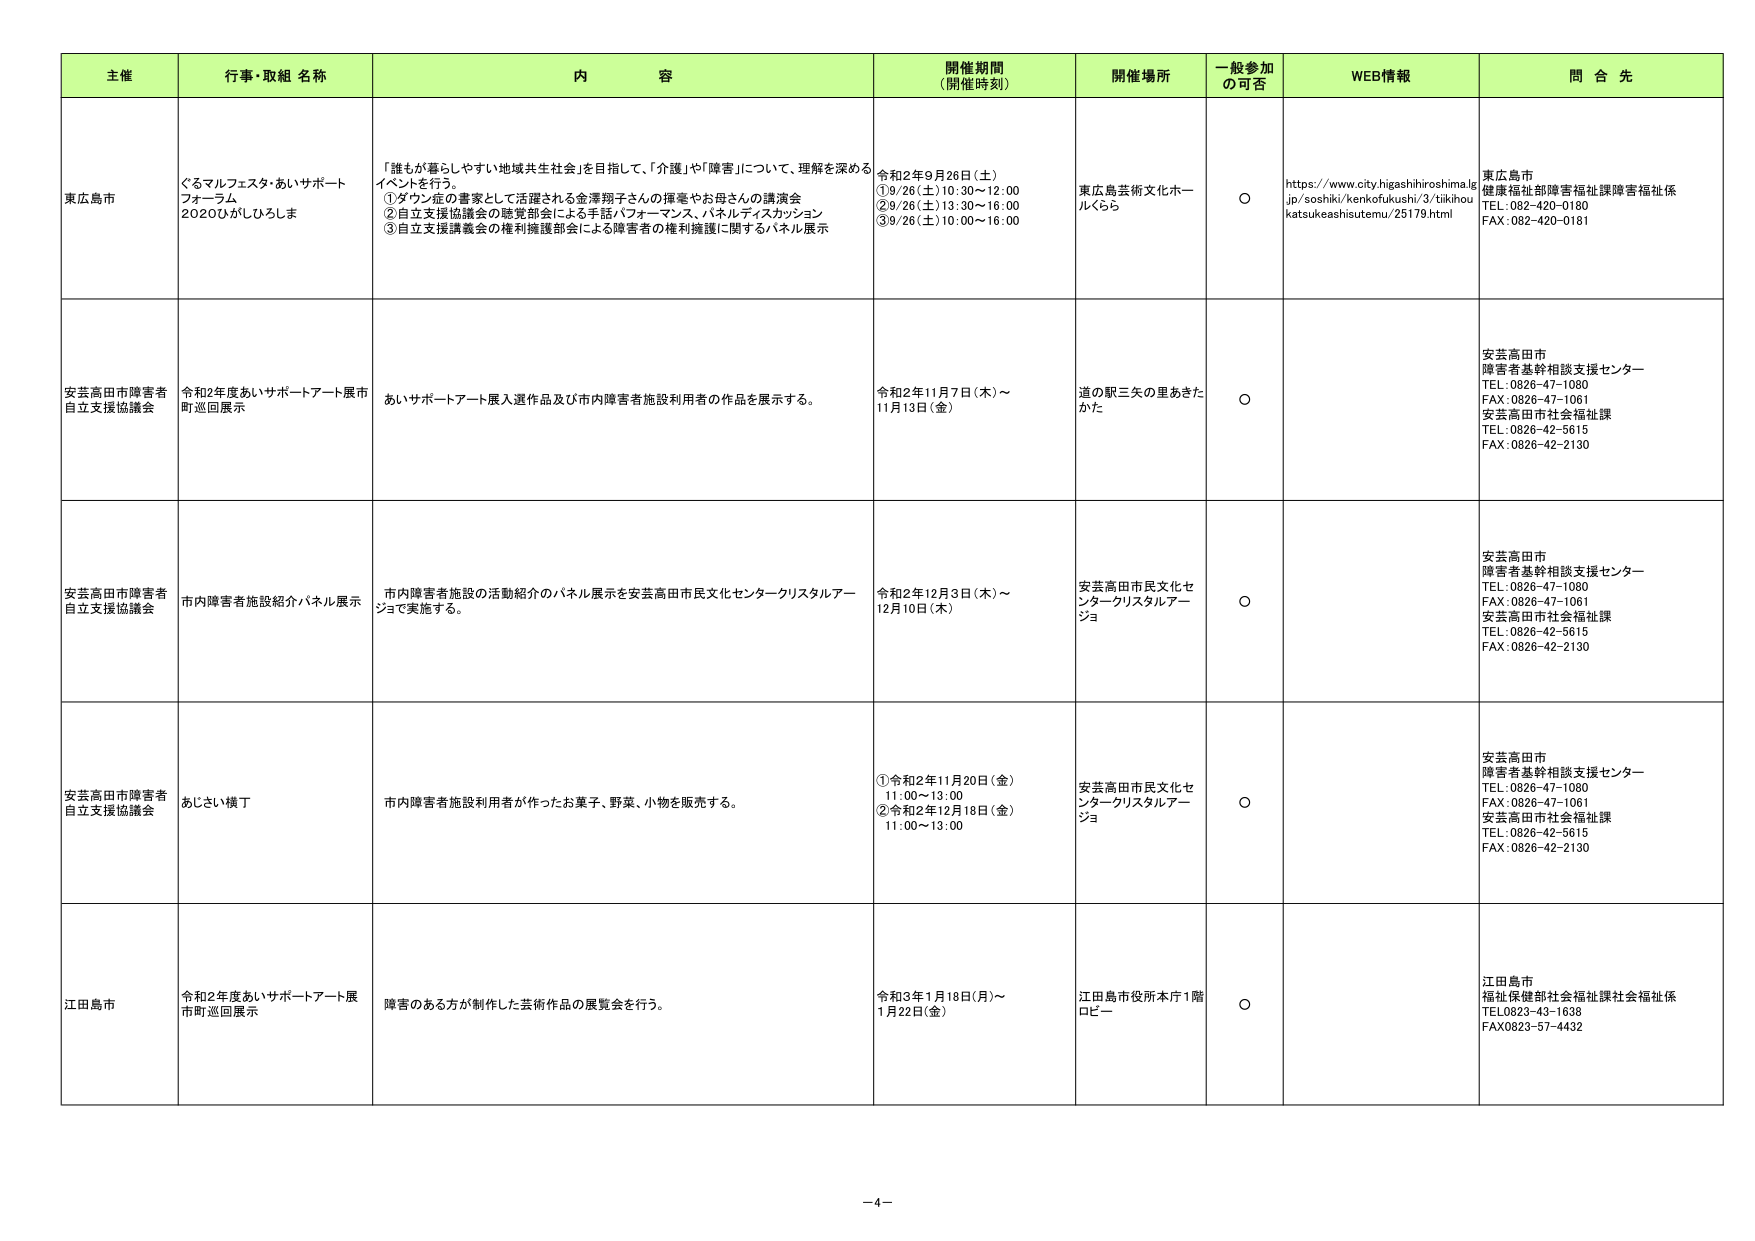
主催 行事・取組 名称 内 容 開催期間 (開催時刻) 開催場所 一般参加 の可否 WEB情報 問 合 先
東広島市 ぐるマルフェスタ・あいサポート フォーラム 2020ひがしひろしま 「誰もが暮らしやすい地域共生社会」を目指して、「介護」や「障害」について、理解を深める イベントを行う。 ①ダウン症の書家として活躍される金澤翔子さんの揮毫やお母さんの講演会 ②自立支援協議会の聴覚障害による手話パフォーマンス、パネルディスカッション ③自立支援講義会の権利擁護部会による障害者の権利擁護に関するパネル展示 令和2年9月26日（土） ①9/26（土）10:30～12:00 ②9/26（土）13:30～16:00 ③9/26（土）10:00～16:00 東広島芸術文化ホー ルくらら ○ https://www.city.higashihiroshima.lg jp/soshiki/kenkofukushi/3/tiikihou katsukeahisutemu/25179.html 東広島市 健康福祉部障害福祉課障害福祉係 TEL:082-420-0180 FAX:082-420-0181
安芸高田市障害者 自立支援協議会 令和2年度あいサポートアート展市 町巡回展示 あいサポートアート展入選作品及び市内障害者施設利用者の作品を展示する。 令和2年11月7日（木）～ 11月13日（金） 道の駅三矢の里あきた かた ○ 安芸高田市 障害者基幹相談支援センター TEL:0826-47-1080 FAX:0826-47-1061 安芸高田市社会福祉課 TEL:0826-42-5615 FAX:0826-42-2130
安芸高田市障害者 自立支援協議会 市内障害者施設紹介パネル展示 市内障害者施設の活動紹介のパネル展示を安芸高田市民文化センタークリスタルアー ジョで実施する。 令和2年12月3日（木）～ 12月10日（木） 安芸高田市民文化セ ンタークリスタルアー ジョ ○ 安芸高田市 障害者基幹相談支援センター TEL:0826-47-1080 FAX:0826-47-1061 安芸高田市社会福祉課 TEL:0826-42-5615 FAX:0826-42-2130
安芸高田市障害者 自立支援協議会 あじさい横丁 市内障害者施設利用者が作ったお菓子、野菜、小物を販売する。 ①令和2年11月20日（金） 11:00～13:00 ②令和2年12月18日（金） 11:00～13:00 安芸高田市民文化セ ンタークリスタルアー ジョ ○ 安芸高田市 障害者基幹相談支援センター TEL:0826-47-1080 FAX:0826-47-1061 安芸高田市社会福祉課 TEL:0826-42-5615 FAX:0826-42-2130
江田島市 令和2年度あいサポートアート展 市町巡回展示 障害のある方が制作した芸術作品の展覧会を行う。 令和3年1月18日(月)～ 1月22日(金) 江田島市役所本庁1階 ロビー ○ 江田島市 福祉保健部社会福祉課社会福祉係 TEL0823-43-1638 FAX0823-57-4432
－4－